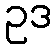
ဥဒ